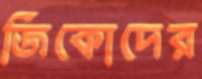
জিকোদের